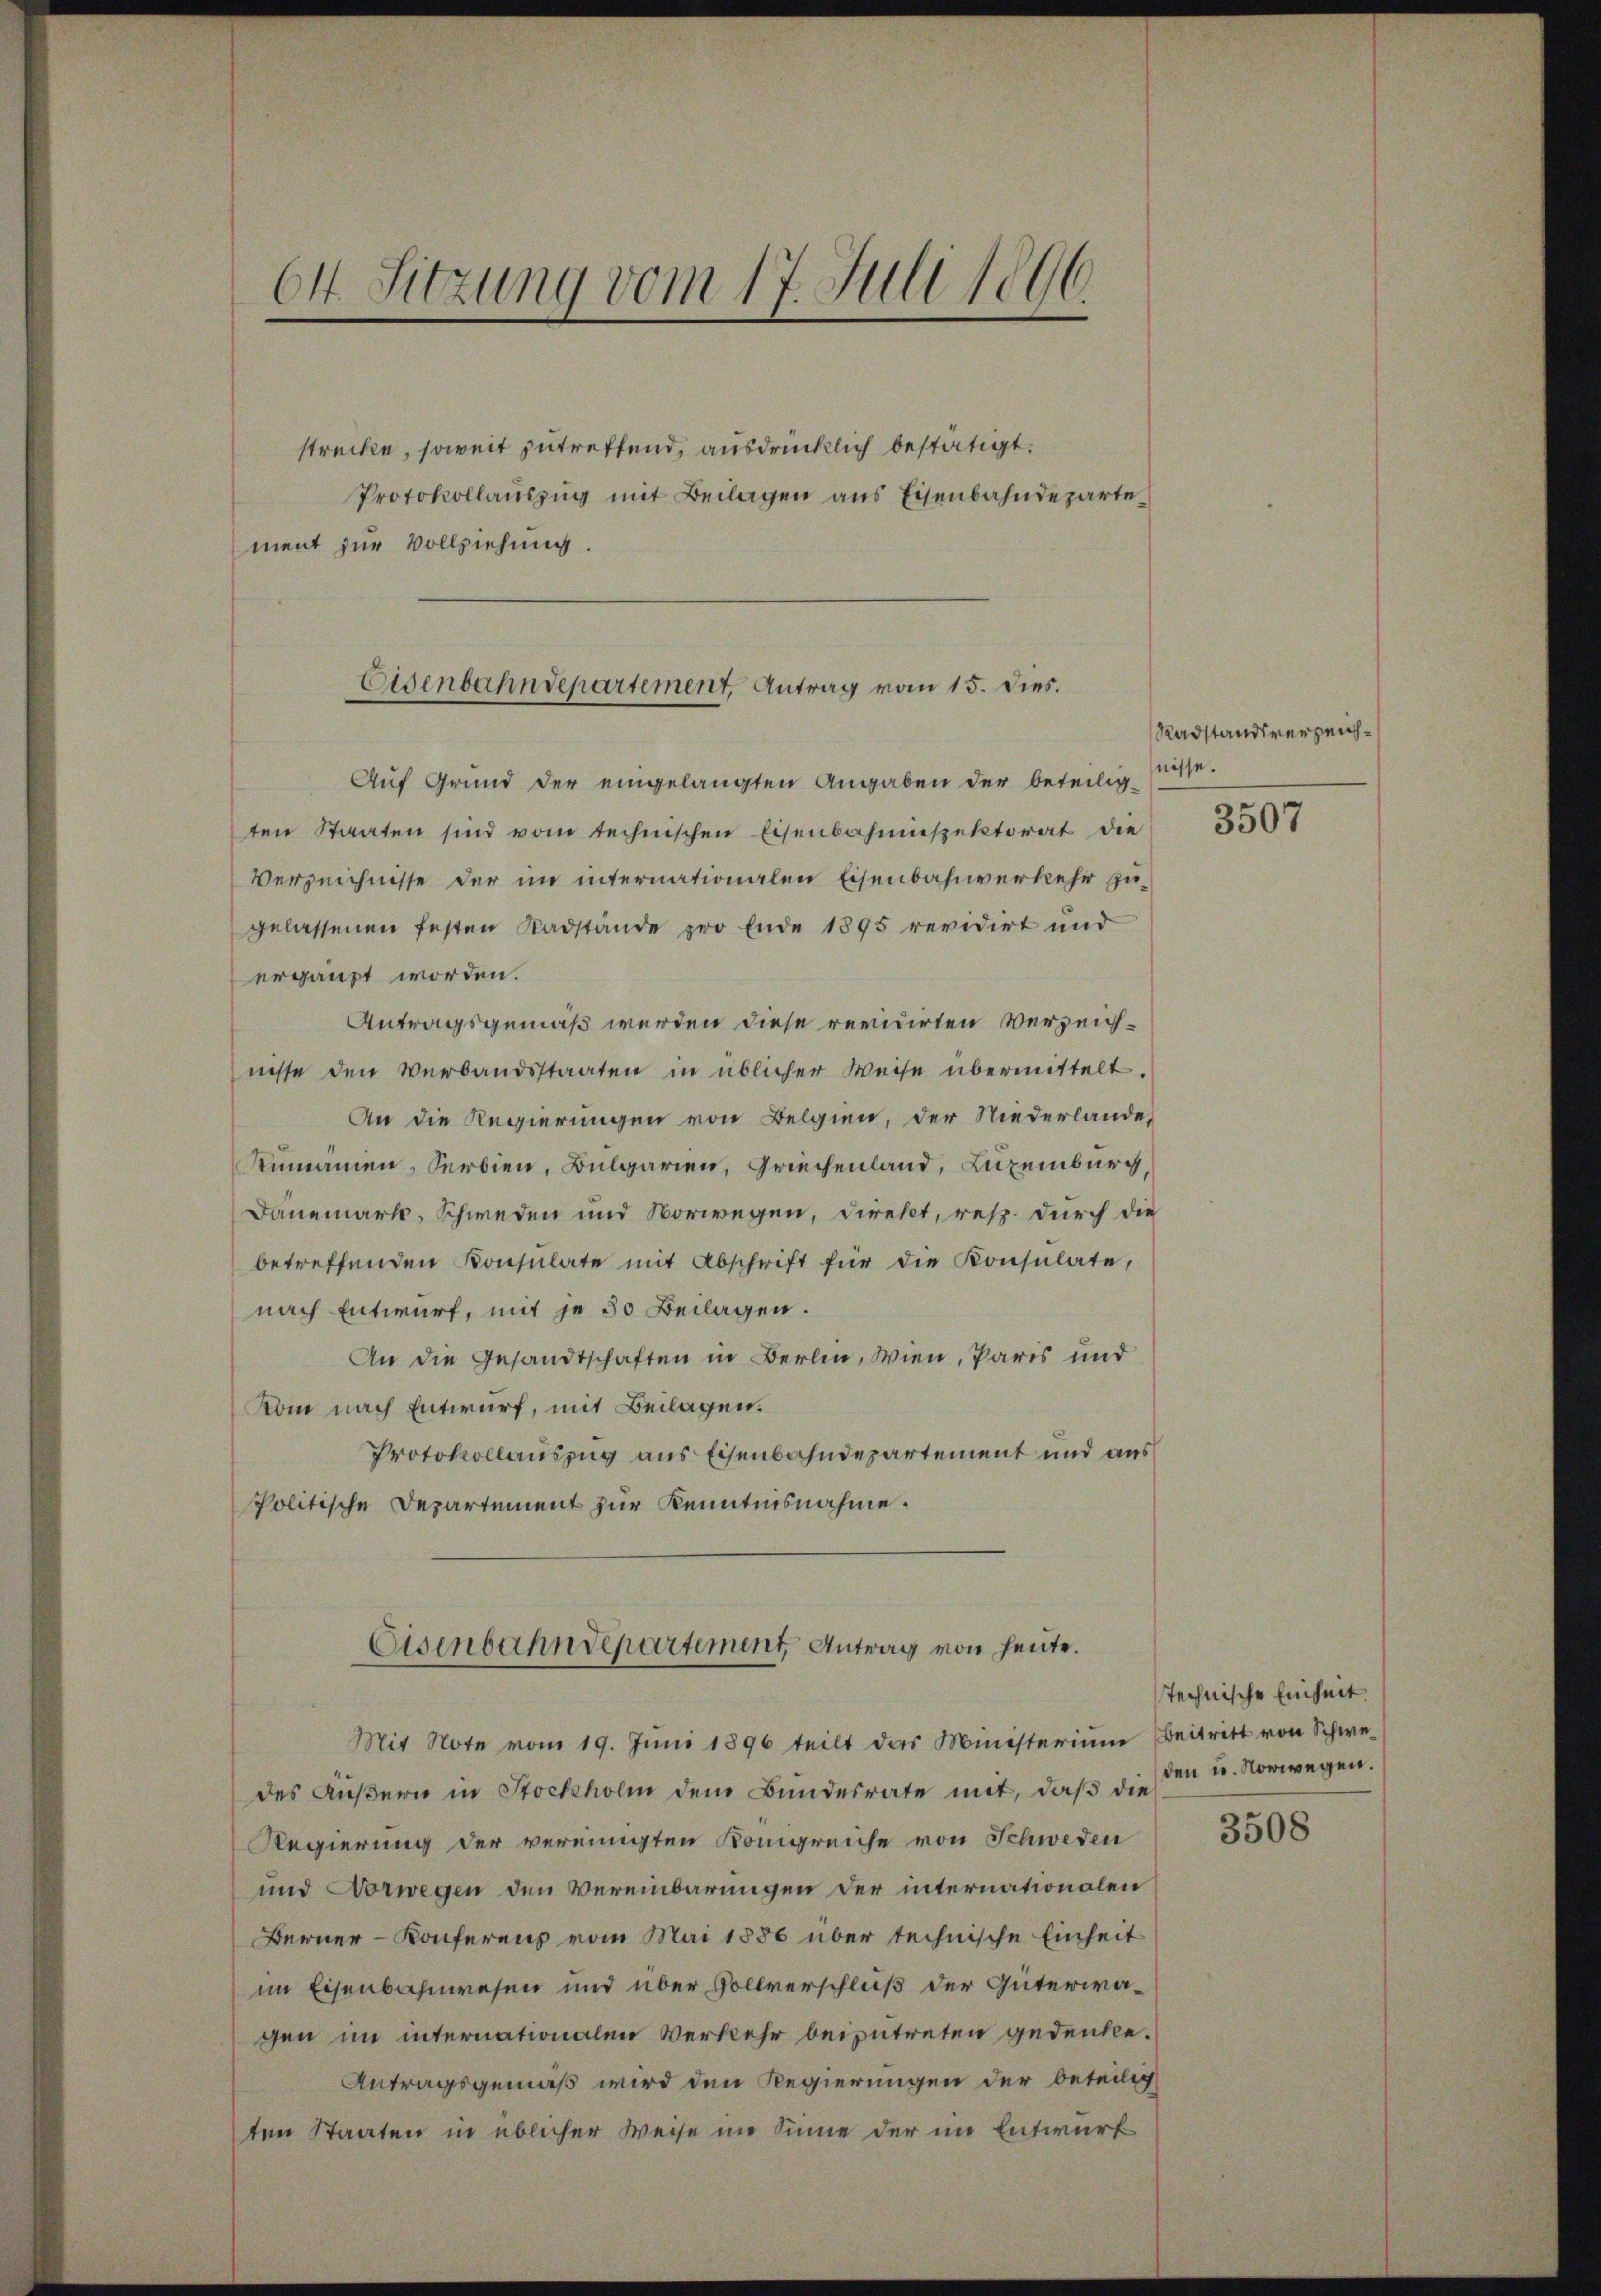
64. Sitzung vom 17. Juli 1896.

strecke, soweit zutreffend, ausdrücklich bestätigt.
Protokollauszug mit Beilagen aus Eisenbahndepartement zur Vollziehung.

Eisenbahndepartement, Antrag vom 15. Dies.

Auf Grund der eingelangten Angaben der beteilig-
ten Staaten sind vom technischen Eisenbahnnspektorat die
Verzeichnisse der im internationalen Eisenbahnverkehr zu-
gelassenen festen Radstände pro Ende 1895 revidirt und
ergänzt worden.
Antragsgemäß werden diese revidirten Verzeichnisse den Verbandsstaaten in üblicher Weise übermittelt.
An die Regierungen von Belgien, der Niederlande
Rumannen, Serbien, Bulgarien, Griechenland, Luzeiburg,
Dänemark, Schweden und Vorwegen, direkt, resp. durch die
betreffenden Konsulate mit Abschrift für die Konsulate,
nach Entwurf, mit je 30 Beilagen.
An die Gesandtschaften in Berlin, Wien, Paris und
Kom nach Entwurf, mit Beilagen.
Protokollauszug aus Eisenbahndepartement und aus
politische Departement zur Kenntnisnahme.
Eisenbahndepartement, Antrag von heute.
Mit Note vom 19. Juni 1896 teilt das Ministerium Beitritt von Schwedes Aŭβern in Stockholm dem Bundesrate mit, daβ die
Regierung der vereinigten Königreiche von Schweden
und Vorwegen den Vereinbarungen der internationalen
Berner-Konferenz vom Mai 1856 über technische Einheit
im Eisenbahnwesen und über Vollverschluß der Güterwagen im internationalen Verkehr beizutreten gedenke.
Antragsgemäß wird den Regierungen der beteilig
ten Staaten in üblicher Weise im Sinne der im Entwurf

Radstandsverzeichnisse.

3507

technische Einheit.
den u. Norwegen.

3508